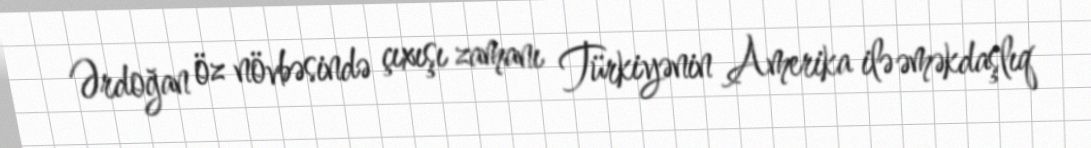
Ərdoğan öz növbəsində çıxışı zamanı Türkiyənin Amerika ilə əməkdaşlıq